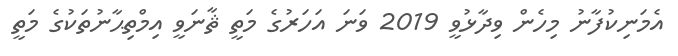
އެމަނިކުފާނު މިހެން ވިދާޅުވީ 2019 ވަނަ އަހަރުގެ މަތީ ޘާނަވީ އިމްތިޙާނުތަކުގެ މަތީ